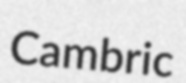
Cambric